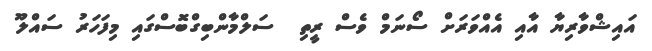
އައިޝްވާރިޔާ އާއި އެއްވަރަށް ސޯނަމް ވެސް ރީތި  ސަލްމާންބިގްބޮސްގައި މިފަހަރު ސައްލޫ